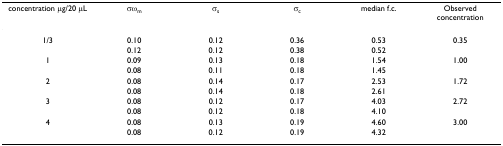
| concentration μg/20 μL | σωm | σs | σc | median f.c. | Observed concentration |
 | --- | --- | --- | --- | --- | --- |
 | 1/3 | 0.10 | 0.12 | 0.36 | 0.53 | 0.35 |
 |  | 0.12 | 0.12 | 0.38 | 0.52 |  |
 | 1 | 0.09 | 0.13 | 0.18 | 1.54 | 1.00 |
 |  | 0.08 | 0.11 | 0.18 | 1.45 |  |
 | 2 | 0.08 | 0.14 | 0.17 | 2.53 | 1.72 |
 |  | 0.08 | 0.14 | 0.18 | 2.61 |  |
 | 3 | 0.08 | 0.12 | 0.17 | 4.03 | 2.72 |
 |  | 0.08 | 0.12 | 0.18 | 4.10 |  |
 | 4 | 0.08 | 0.13 | 0.19 | 4.60 | 3.00 |
 |  | 0.08 | 0.12 | 0.19 | 4.32 |  |